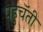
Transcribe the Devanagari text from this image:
पहुचॅती